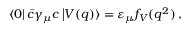
\left\langle 0 \right| \bar { c } \gamma _ { \mu } c \left| V ( q ) \right\rangle = \varepsilon _ { \mu } f _ { V } ( q ^ { 2 } ) \, ,